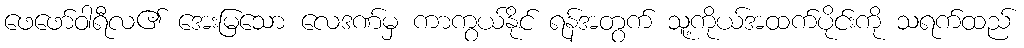
ဖေဖော်ဝါရီလ၏ အေးမြသော လေဒဏ်မှ ကာကွယ်နိုင် ရန်အတွက် သူ့ကိုယ်အထက်ပိုင်းကို သရက်ထည်